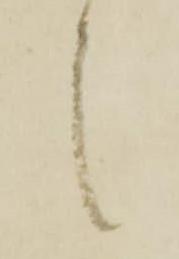
之